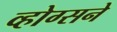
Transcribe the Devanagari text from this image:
व्होग्सने